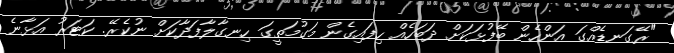
"ރޭގަނޑެއްގަ އަންހެން ބޭފުޅަކަށް ދަބަހެއް ހިފައިގެން މަގުމަތީގަ ހިނގާލާފަދާކަށް ނުކެރޭ. ކަޓަރު އަޅާނެ